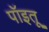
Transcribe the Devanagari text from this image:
पॉइतू